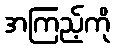
အကြည့်ကို